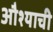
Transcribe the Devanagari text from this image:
औश्याची